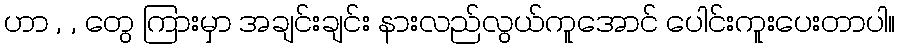
ဟာ , , တွေ ကြားမှာ အချင်းချင်း နားလည်လွယ်ကူအောင် ပေါင်းကူးပေးတာပါ။